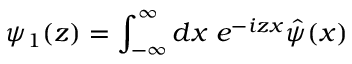
{ \psi } _ { 1 } ( z ) = \int _ { - \infty } ^ { \infty } d x \; e ^ { - i z x } \hat { \psi } ( x )